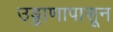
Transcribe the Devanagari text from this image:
उड्डाणापासून